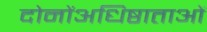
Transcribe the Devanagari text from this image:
दोनोंअधिष्ठाताओं